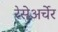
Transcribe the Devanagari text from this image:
रेसेअर्चेर